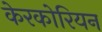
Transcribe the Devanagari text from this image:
केरकोरियन